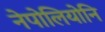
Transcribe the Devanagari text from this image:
नेपोलियोनि